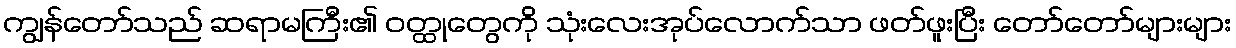
ကျွန်တော်သည် ဆရာမကြီး၏ ဝတ္ထုတွေကို သုံးလေးအုပ်လောက်သာ ဖတ်ဖူးပြီး တော်တော်များများ